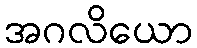
အဂလိယော